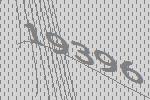
19396